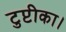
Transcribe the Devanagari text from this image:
टुप्टीका।